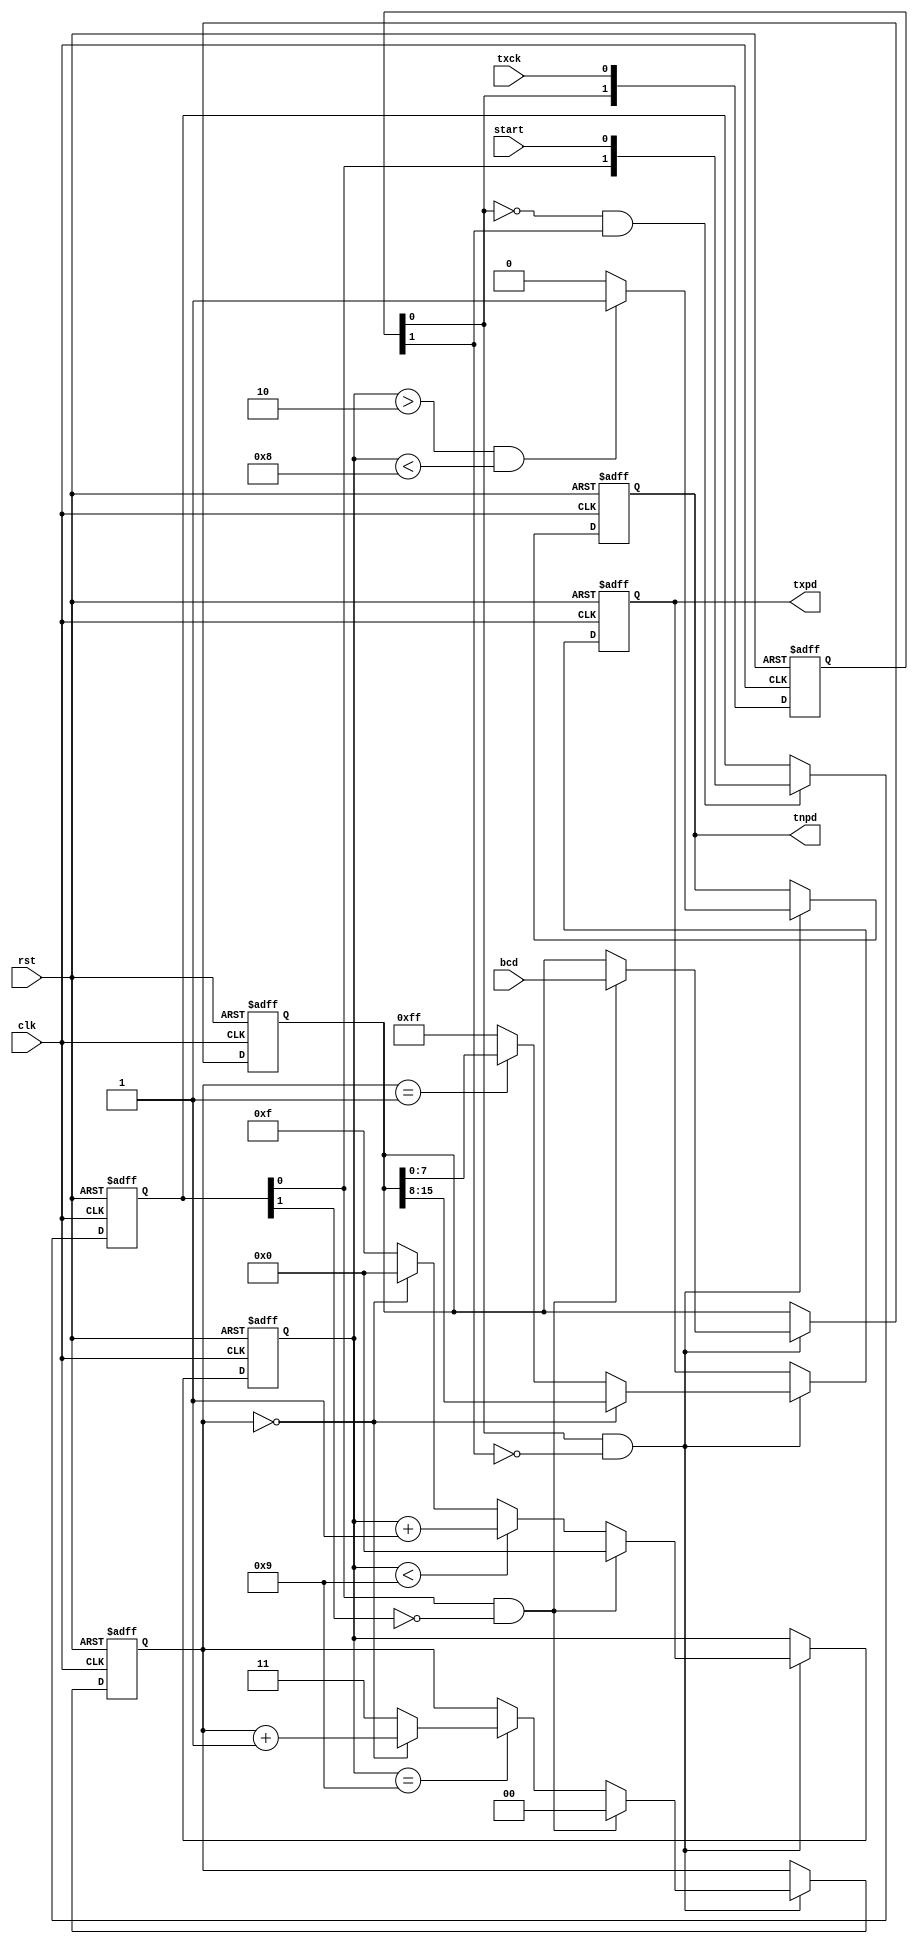
module tx232_pd(
    input clk,
    input rst,
    input [15:0] bcd,
    input start,
    input txck,
    output reg [7:0] txpd,
    output reg tnpd
    );
    
    //delaying txck
    reg [1:0] txck_d;
    wire txck_r, txck_f;
    
    always@(posedge clk or negedge rst) begin
        if(!rst) begin
            txck_d <= 0;
        end
        else begin
            txck_d <= {txck_d[0], txck};
        end
    end
    assign txck_r = txck_d[0] & ~txck_d[1];
    assign txck_f = ~txck_d[0] & txck_d[1];
    
    //rising edge of start signal
    reg [1:0] start_d;
    wire start_r;
    
    always@(posedge clk or negedge rst) begin
        if(!rst) begin
            start_d <= 0;
        end
        else begin
            if(txck_f == 1) begin
                start_d <= {start_d[0], start};
            end
            else begin
                start_d <= start_d;
            end
        end
    end
    assign start_r = start_d[0] & ~start_d[1];
    
    //bit count
    reg [3:0] bcnt;
    
    always@(posedge clk or negedge rst) begin
        if(!rst) begin
            bcnt <= 4'hf;
        end
        else begin
            if(txck_r == 1) begin
                if(start_r == 1) begin
                    bcnt <= 0;
                end
                else begin
                    if(bcnt < 9) begin
                        bcnt <= bcnt + 1;
                    end
                    else begin
                        if(bycnt == 0) begin
                            bcnt <= 0;
                        end
                        else begin
                            bcnt <= 4'hf;
                        end
                    end
                end
            end
            else begin
                bcnt <= bcnt;
            end
        end
    end
    
    //byte count
    reg [1:0] bycnt;
    
    always@(posedge clk or negedge rst) begin
        if(!rst) begin
            bycnt <= 2'h3;
        end
        else begin
            if(txck_r == 1) begin
                if(start_r == 1) begin
                    bycnt <= 0;
                end
                else begin
                    if(bcnt == 9) begin
                        if(bycnt == 0) begin
                            bycnt <= bycnt + 1;
                        end
                        else begin
                            bycnt <= 2'h3;
                        end
                    end
                    else begin
                        bycnt <= bycnt;
                    end
                end
            end
            else begin
                bycnt <= bycnt;
            end
        end
    end
    
    //capture bcd into ibcd
    reg [15:0] ibcd;
    
    always@(posedge clk or negedge rst) begin
        if(!rst) begin
            ibcd <= 16'hffff;
        end
        else begin
            if(txck_r == 1) begin
                if(start_r == 1) begin
                    ibcd <= bcd;
                end
                else begin
                    ibcd <= ibcd;
                end
            end
            else begin
                ibcd <= ibcd;
            end
        end
    end
    
    //tnpd
    
    always@(posedge clk or negedge rst) begin
        if(!rst) begin
            tnpd <= 0;
        end
        else begin
            if(txck_r == 1) begin
                if((bcnt > 2) && (bcnt < 8)) begin
                    tnpd <= 1;
                end
                else begin
                    tnpd <= 0;
                end
            end
            else begin
                tnpd <= tnpd;
            end
        end
    end
    
    //txpd
    
    always@(posedge clk or negedge rst) begin
        if(!rst) begin
            txpd <= 8'hff;
        end
        else begin
            if(txck_r == 1) begin
                if(bycnt == 0) begin
                    txpd <= ibcd[15:8];
                end
                else begin
                    if(bycnt == 1) begin
                        txpd <= ibcd[7:0];
                    end
                    else begin
                        txpd <= 8'hff;
                    end
                end
            end
            else begin
                txpd <= txpd;
            end
        end
    end
endmodule